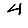
Digit: 4